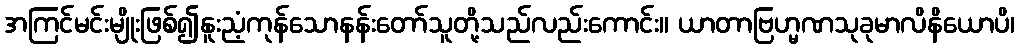
အကြင်မင်းမျိုးဖြစ်၍နူးညံ့ကုန်သောနန်းတော်သူတို့သည်လည်းကောင်း။ ယာတာဗြဟ္မဏသုခုမာလိနိယောပိ၊